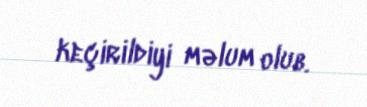
keçirildiyi məlum olub.